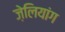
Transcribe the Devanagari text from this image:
ज़ेलियांग